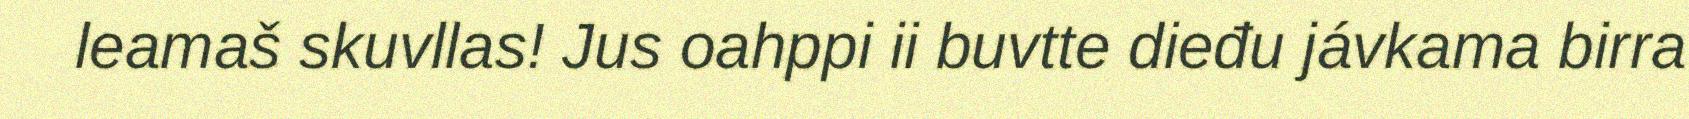
leamaš skuvllas! Jus oahppi ii buvtte dieđu jávkama birra